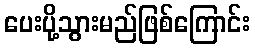
ပေးပို့သွားမည်ဖြစ်ကြောင်း